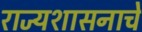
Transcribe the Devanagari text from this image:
राज्यशासनाचे